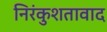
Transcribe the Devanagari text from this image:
निरंकुशतावाद